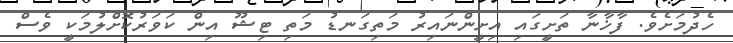
ހެދުމަށެވެ. ފާޚާނާ ތަށީގައި އިށީންނައިރު މަތިގަނޑު މަތި ޓިޝޫ އިން ކަވަރުކޮށްލުމަކީ ވެސް